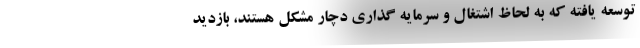
توسعه یافته که به لحاظ اشتغال و سرمایه گذاری دچار مشکل هستند، بازدید